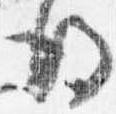
後